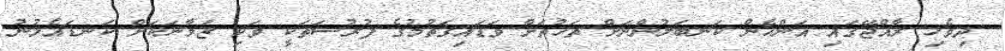
ދިވެހި ރާއްޖޭގައި އަންހެން ކަނބަލުންނަށް ތަޚުތަށް ވަޑައިގަތުމުގެ ފުރުސަތަކީ ވަކި ޒަމާނަކަށް ކަނޑައެޅުނު